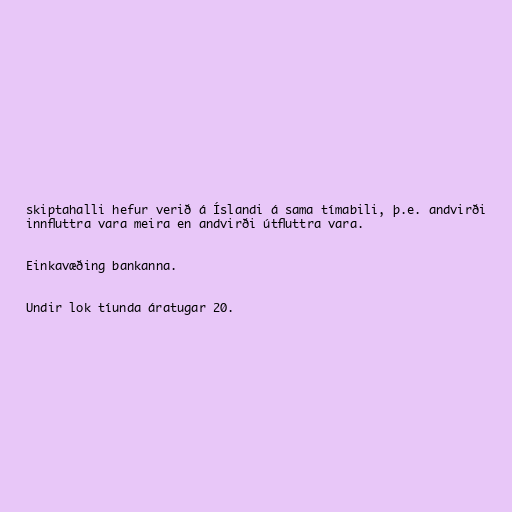
skiptahalli hefur verið á Íslandi á sama tímabili, þ.e. andvirði
innfluttra vara meira en andvirði útfluttra vara.

Einkavæðing bankanna.

Undir lok tíunda áratugar 20.